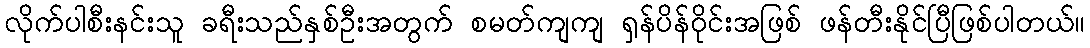
လိုက်ပါစီးနင်းသူ ခရီးသည်နှစ်ဦးအတွက် စမတ်ကျကျ ရှန်ပိန်ဝိုင်းအဖြစ် ဖန်တီးနိုင်ပြီဖြစ်ပါတယ်။